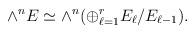
LaTeX: \begin{align*}\wedge^nE\simeq\wedge^n(\oplus_{\ell=1}^rE_\ell/E_{\ell-1}).\end{align*}